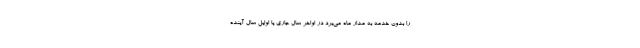
را بدون خدمه به مدار ماه می‌برد در اواخر سال جاری یا اوایل سال آینده